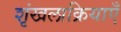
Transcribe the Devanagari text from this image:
शृंखलाक्रियाएँ